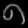
Digit: ၈